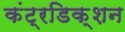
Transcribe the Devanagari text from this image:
कंट्रडिक्शन